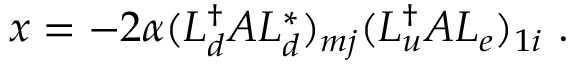
x = - 2 \alpha ( L _ { d } ^ { \dag } { \cal A } L _ { d } ^ { * } ) _ { m j } ( L _ { u } ^ { \dag } { \cal A } L _ { e } ) _ { 1 i } ~ .